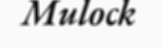
Mulock